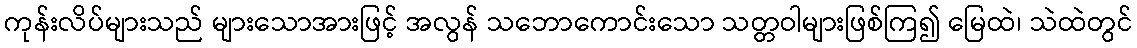
ကုန်းလိပ်များသည် များသောအားဖြင့် အလွန် သဘောကောင်းသော သတ္တဝါများဖြစ်ကြ၍ မြေထဲ၊ သဲထဲတွင်